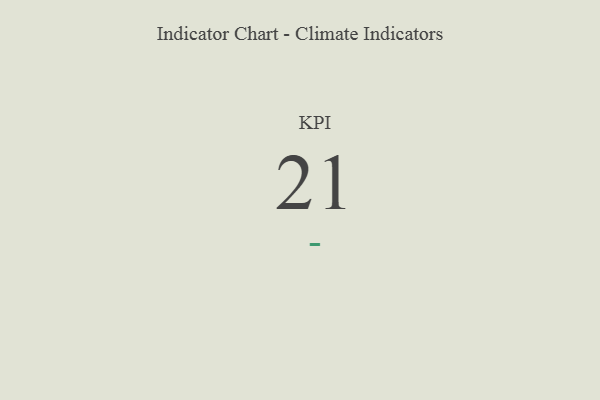
{"axis": {"x": "KPI", "y": "Value"}, "legend": [""], "data": [{"x": "KPI", "y": 21, "type": ""}]}